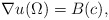
\begin{align*}\nabla u (\Omega) = B(c),\end{align*}